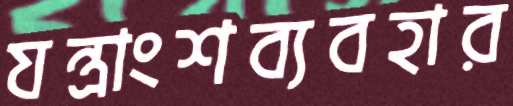
যন্ত্রাংশব্যবহার